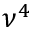
\nu ^ { 4 }